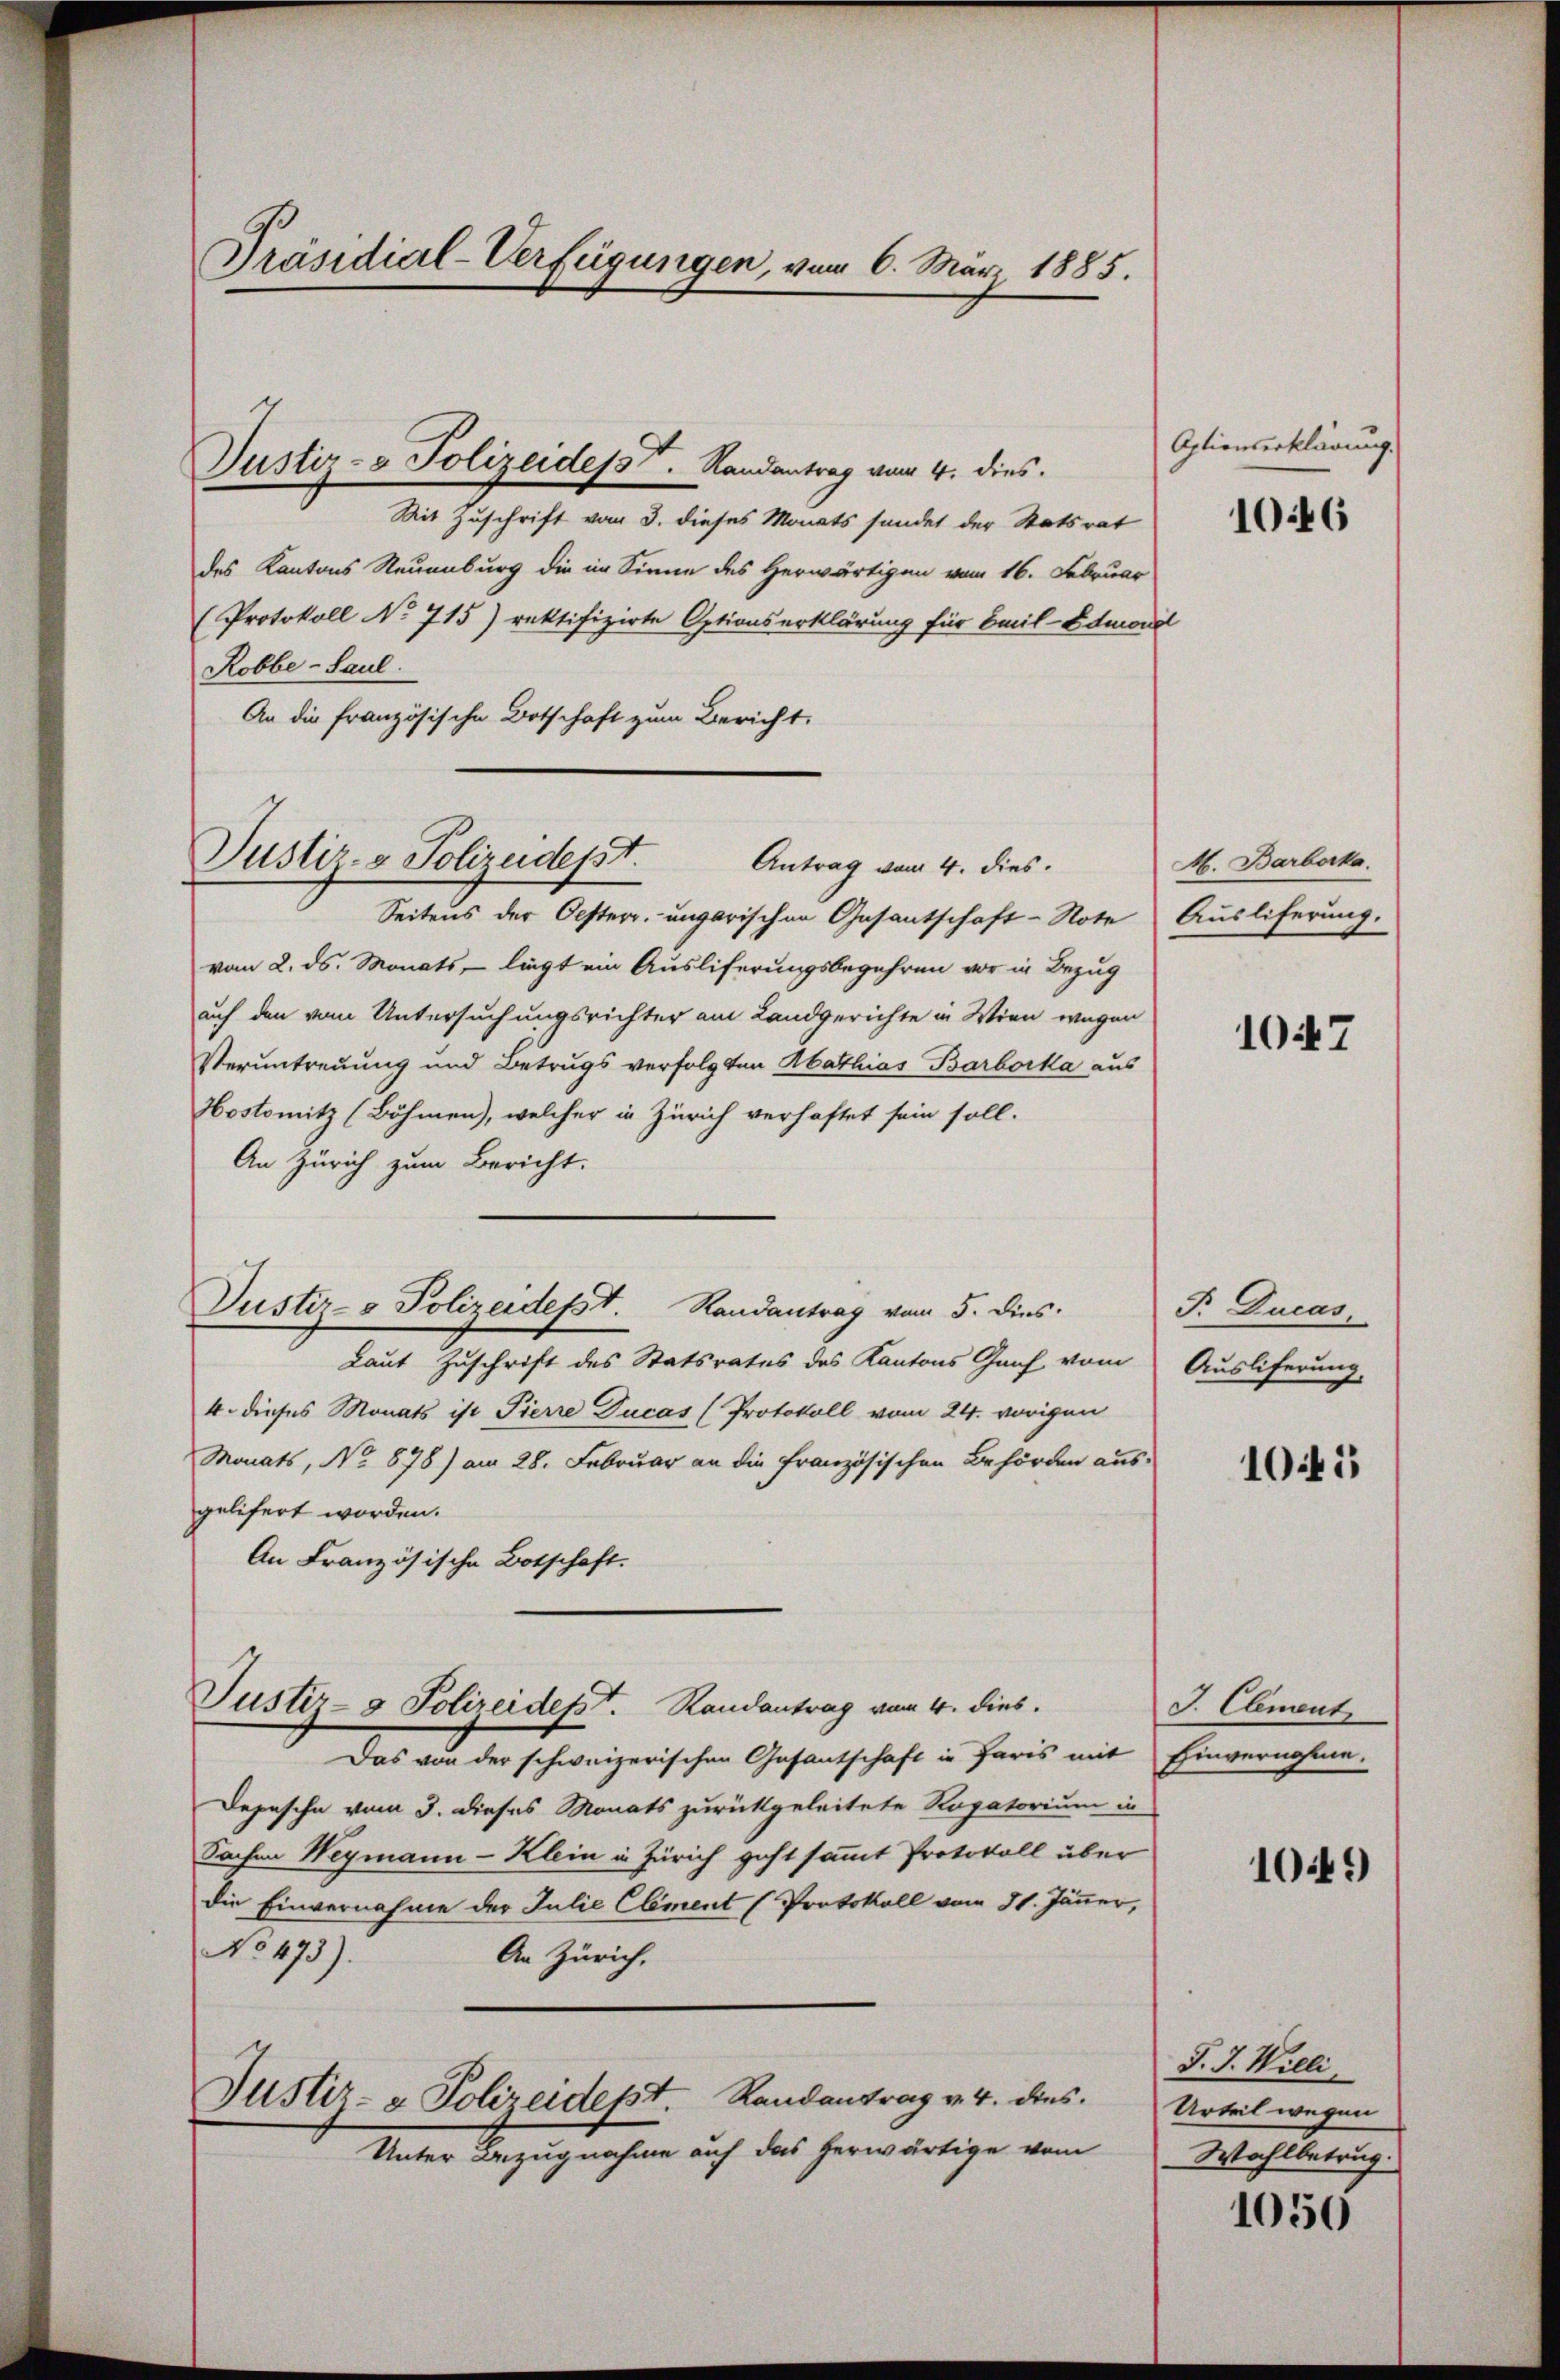
Präsidial-Verfügungen, vom 6. März 1885.

Justiz- & Polizeidet. Randantrag vom 4. dies.
Mit Zuschrift vom 3. dieses Monats sendet der Statsrat
des Kantons Neuenburg die im Sinne des Herwärtigen vom 16. Februar
(Protokoll No 715) rektifizirte Optionserklärung für bail-Edmond
Robbe-Paul.
An die französische Botschaft zum Bericht,

Justiz- & Polizeidept.

Antrag vom 4. dies.
Seitens der Oesterr. ungarischen Gesantschaft-Note Auslieferung.
vom 2. ds. Monats, liegt ein Ausliferungsbegehren vor in Bezug
auf den vom Untersuchungsrichter am Landgerichte in Wien wegen
Veruntreuung und Betrugs verfolgten Abathias Barbocka aus
Hostomitz (Böhmen), welcher in Zürich verhaftet sein soll.
An Zürich zum Bericht.
Laut Zuschrift des Statsrates des Kantons Graf vom
4. dieses Monats ist Pierre Ducas (Protokoll vom 24. vorigen
Monats, No 878) am 28. Februar an die Französischen Behörden aus-
gelifert worden.
An Französische Botschaft.
Justiz- & Polizeidesst. Randantrag vom 4. dies.
Das von der schweizerischen Gasantschaft in Paris mit Einvernohme
Depesche vom 3. dieses Monats zurückgeleitete Rogatorium in
Sachen Weymann-Klein in Zürich geht sammt Protokoll über
die Einvernahme der Julie Clement (Protokoll vom 31. Jänner,
No 473).
An Zürich,
Justiz- & Polizeidept. Randantrag v. 4. dies
Unter Bezugnahme auf das herwärtige vom

Justiz- & Polizeidesst. Randantrag vom 5. dies

Aptionserklärung.

1046

M. Barborka

1047

F. Ducas
Auslieferung

1045

J. Clement

1049

J. J. Willi
Urteil wegen
Wahlbetrug.

1050